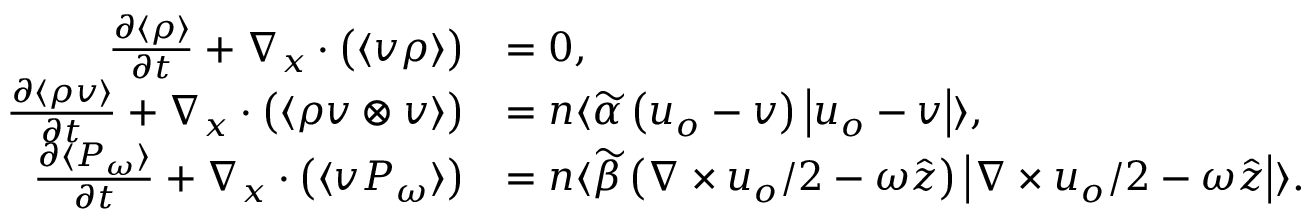
\begin{array} { r l } { \frac { \partial \langle \rho \rangle } { \partial t } + \nabla _ { \boldsymbol { x } } \cdot \big ( \langle \boldsymbol { v } \rho \rangle \big ) } & { = 0 , } \\ { \frac { \partial \langle \rho \boldsymbol { v } \rangle } { \partial t } + \nabla _ { \boldsymbol { x } } \cdot \big ( \langle \rho \boldsymbol { v } \otimes \boldsymbol { v } \rangle \big ) } & { = n \langle \widetilde { \alpha } \left( \boldsymbol { u } _ { o } - \boldsymbol { v } \right) \left| \boldsymbol { u } _ { o } - \boldsymbol { v } \right| \rangle , } \\ { \frac { \partial \langle P _ { \omega } \rangle } { \partial t } + \nabla _ { \boldsymbol { x } } \cdot \big ( \langle \boldsymbol { v } P _ { \omega } \rangle \big ) } & { = n \langle \widetilde { \beta } \left( \nabla \times \boldsymbol { u } _ { o } / 2 - \omega \hat { \boldsymbol { z } } \right) \left| \nabla \times \boldsymbol { u } _ { o } / 2 - \omega \hat { \boldsymbol { z } } \right| \rangle . } \end{array}